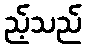
ည့်သည်